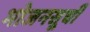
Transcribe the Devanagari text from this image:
भोजनसूची